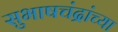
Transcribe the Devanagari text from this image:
सुभाषचंद्रांच्या